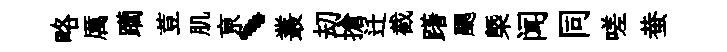
略厲躪荳肌亰、叢刧搶迁截躇颸㮣闻同嗟蛬